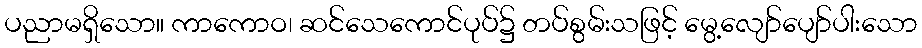
ပညာမရှိသော။ ကာကောဝ၊ ဆင်သေကောင်ပုပ်၌ တပ်စွမ်းသဖြင့် မွေ့လျော်ပျော်ပါးသော